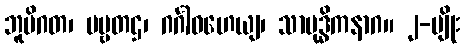
ဘူမိဂတ၊ ပဗ္ဗတဌ၊ ဂင်္ဂါဝဟေယျ၊ သာမုဒ္ဓိကနာဂ။ ၂-မျိုး